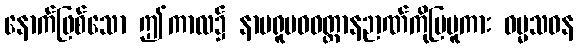
နောက်ဖြစ်သော ဤကာလ၌ နာမရူပဝဝတ္ထာနဉာဏ်ကိုပြမူကား ဓမ္မသဝန